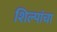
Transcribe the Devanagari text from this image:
शिल्पांचा